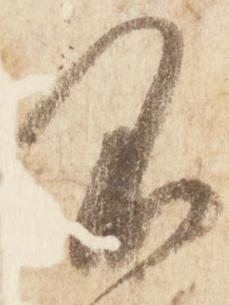
不